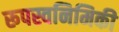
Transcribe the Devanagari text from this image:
रूपस्वनिमिकी